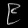
Digit: ၉